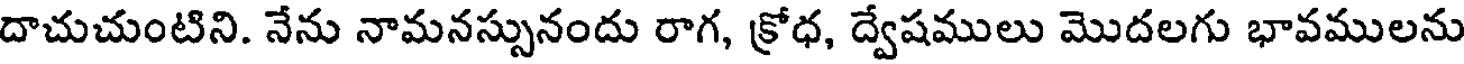
దాచుచుంటిని. నేను నామనస్సునందు రాగ, క్రోధ, ద్వేషములు మొదలగు భావములను